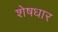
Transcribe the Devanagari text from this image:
शेषधार